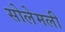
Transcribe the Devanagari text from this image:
सोलेमली